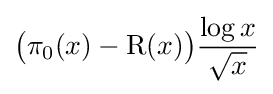
{\bigl (}\pi _{0}(x)-\operatorname {R} (x){\bigr )}{\frac {\log x}{\sqrt {x}}}